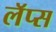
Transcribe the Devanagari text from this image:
लॅप्स